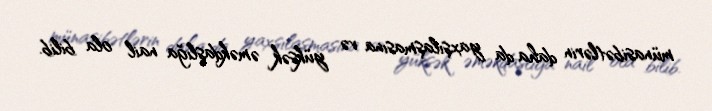
münasibətlərin daha da yaxşılaşmasına və yüksək əməkdaşlığa nail ola bilib.